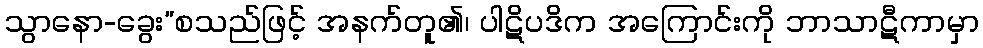
သွာနော-ခွေး”စသည်ဖြင့် အနက်တူ၏၊ ပါဋိပဒိက အကြောင်းကို ဘာသာဋီကာမှာ